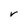
Character: v